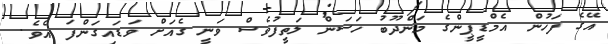
އޭގެ ފަހުން އެމްޑީޕީންގެ މަންދޫބު ހަސަން ލަތީފުވެސް ވަނީ ގެއަށް ވަޑައިގަންފަ އެވެ.